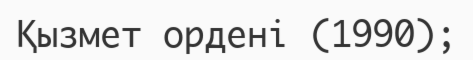
Қызмет ордені (1990);